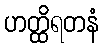
ဟတ္ထိရတနံ